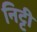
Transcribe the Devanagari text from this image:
निट्टी